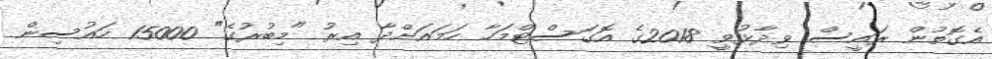
އެގޮތުން ރައީސް ވިދާޅުވީ 2018ގެ އޮގަސްޓްމަހާ ހަމައަށްދާ އިރު "މިބުރުގެ" 15000 ހައުސިން